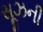
સૂઝની